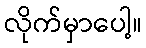
လိုက်မှာပေါ့။